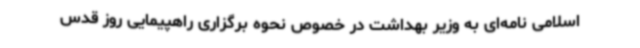
اسلامی نامه‌ای به وزیر بهداشت در خصوص نحوه برگزاری راهپیمایی روز قدس